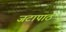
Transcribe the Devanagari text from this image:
जटापाठ